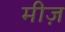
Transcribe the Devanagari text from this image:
मीज़